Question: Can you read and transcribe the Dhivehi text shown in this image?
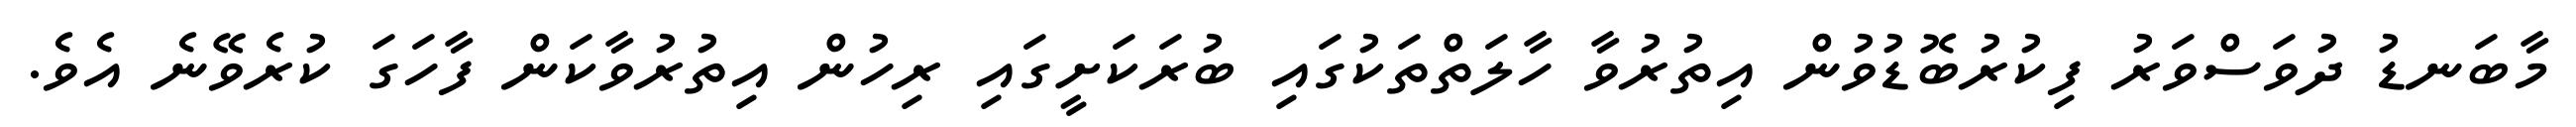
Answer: މާބަނޑު ދުވަސްވަރު ފިކުރުބޮޑުވުން އިތުރުވާ ހާލަތްތަކުގައި ބުރަކަށީގައި ރިހުން އިތުރުވާކަން ފާހަގަ ކުރެވޭނެ އެވެ.